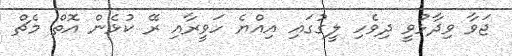
ޖަވާ ވިދާޅުވީ ދިވެހި ލީގުގައި އިއްޔެ ހަވީރާއި ރޭ ކުޅެން އޮތް މެޗް